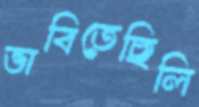
ভাবিতেছিলি